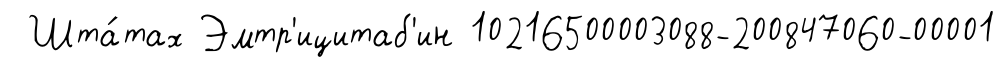
Шта́тах Эмтр'ицитаб'ин 10216500003088-200847060-00001